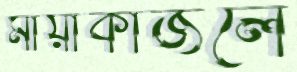
মায়াকাজলে